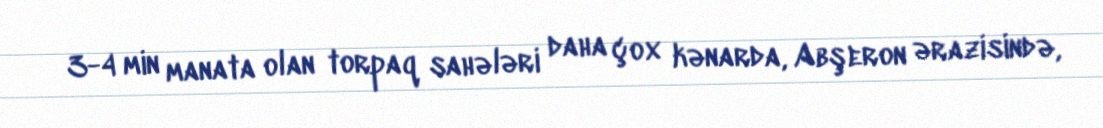
3-4 min manata olan torpaq sahələri daha çox kənarda, Abşeron ərazisində,